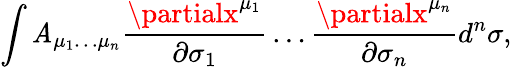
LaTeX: \int\mathit{A}_{\mu_{1}\ldots\mu_{n}}{\frac{{\partialx^{\mu_{1}}}}{{\partial\sigma_{1}}}}\ldots{\frac{{\partialx^{\mu_{n}}}}{{\partial\sigma_{n}}}}d^{n}\sigma,